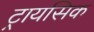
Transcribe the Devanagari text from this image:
ट्रायसिक